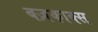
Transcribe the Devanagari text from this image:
बज़काक्स